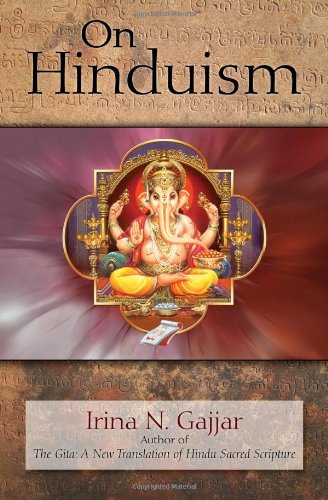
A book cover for On Hinduism; Irina N Gajjar; Religion & Spirituality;